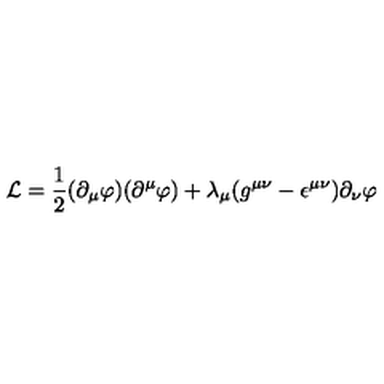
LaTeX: { \cal L } = \frac { 1 } { 2 } ( \partial _ { \mu } \varphi ) ( \partial ^ { \mu } \varphi ) + \lambda _ { \mu } ( g ^ { \mu \nu } - \epsilon ^ { \mu \nu } ) \partial _ { \nu } \varphi